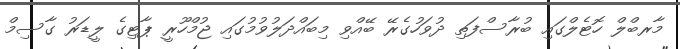
މާރބްލް ހޮޓެލްގައި ބުރާސްފަތި ދުވަހުގެރޭ ބޭއްވި މިބައްދަލުވުމުގައި ޖުމްހޫރީ ޕާޓިގެ ލީޑަރު ގާސިމް